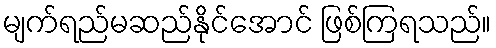
မျက်ရည်မဆည်နိုင်အောင် ဖြစ်ကြရသည်။